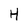
Character: H